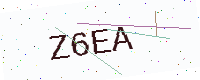
Text: Z6EA